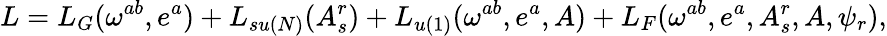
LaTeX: L=L_{G}(\omega^{ab},e^{a})+L_{su(N)}(A_{s}^{r})+L_{u(1)}(\omega^{ab},e^{a},A)+L_{F}(\omega^{ab},e^{a},A_{s}^{r},A,\psi_{r}),